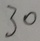
3 0